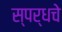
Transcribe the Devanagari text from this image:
स्पर्धचे